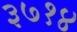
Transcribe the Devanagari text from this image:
३७१४